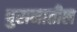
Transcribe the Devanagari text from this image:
पुरानातील